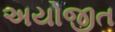
અયોજીત